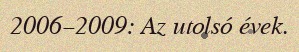
2006–2009: Az utolsó évek.